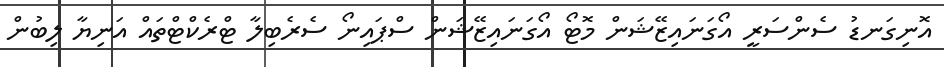
އޮނިގަނޑު ސެންސަރީ އޯގަނައިޒޭޝަން މޮޓޯ އޯގަނައިޒޭޝަން ސްޕައިނޯ ސެރެބިލާ ޓްރެކްޓްތައް އަނިޔާ ލިބުން